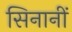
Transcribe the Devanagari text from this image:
सिनानीं